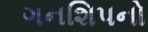
ગનશિપનો